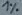
Text: 1%